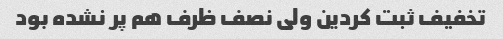
تخفیف ثبت کردین ولی نصف ظرف هم پر نشده بود